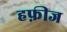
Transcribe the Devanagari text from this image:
हफ़ीज